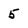
Character: 5